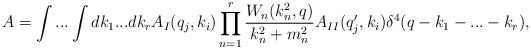
\begin{align*}A=\int...\int dk_1...dk_rA_I(q_j,k_i)\prod^r_{n=1}\frac{W_n(k_n^2,q)}{k_n^2+m_n^2}A_{II}(q'_j,k_i)\delta^4(q-k_1-...-k_r),\end{align*}